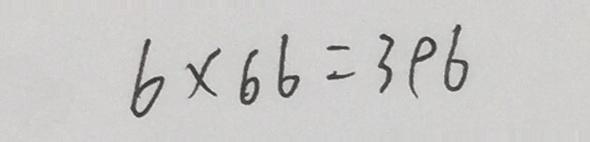
6 \times 6 6 = 3 9 6